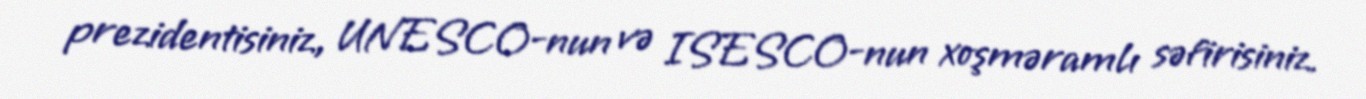
prezidentisiniz, UNESCO-nun və ISESCO-nun xoşməramlı səfirisiniz.